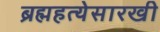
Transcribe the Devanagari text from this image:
ब्रह्महत्येसारखी